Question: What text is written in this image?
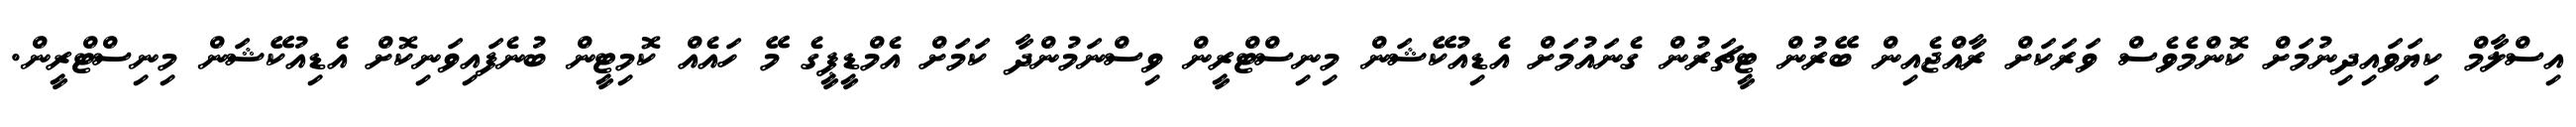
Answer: އިސްލާމް ކިޔަވައިދިނުމަށް ކޮންމެވެސް ވަރަކަށް ރާއްޖެއިން ބޭރުން ޓީޗަރުން ގެނައުމަށް އެޑިއުކޭޝަން މިނިސްޓްރީން ވިސްނަމުންދާ ކަމަށް އެމްޑީޕީގެ މޭ ހައެއް ކޮމިޓީން ބުނެފައިވަނިކޮށް އެޑިއުކޭޝަން މިނިސްޓްރީން.